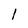
Character: 1